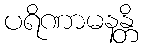
ပရိဏာမနန္တိ